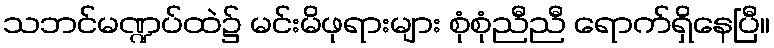
သဘင်မဏ္ဍပ်ထဲ၌ မင်းမိဖုရားများ စုံစုံညီညီ ရောက်ရှိနေပြီ။